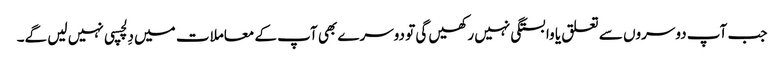
جب آپ دوسروں سے تعلق یا وابستگی نہیں رکھیں گی تو دوسرے بھی آپ کے معاملات میں دِلچسپی نہیں لیں گے۔